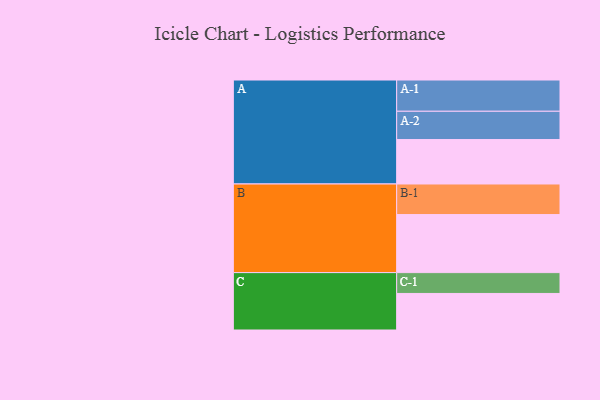
{"axis": {"x": "Segment", "y": "Value"}, "legend": ["", "A", "B", "C"], "data": [{"x": "A", "y": 388, "type": ""}, {"x": "B", "y": 507, "type": ""}, {"x": "C", "y": 319, "type": ""}, {"x": "A-1", "y": 273, "type": "A"}, {"x": "A-2", "y": 247, "type": "A"}, {"x": "B-1", "y": 267, "type": "B"}, {"x": "C-1", "y": 182, "type": "C"}]}